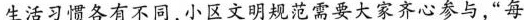
生活习惯各有不同，小区文明规范需要大家齐心参与，“每